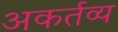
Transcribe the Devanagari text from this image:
अकर्तव्य